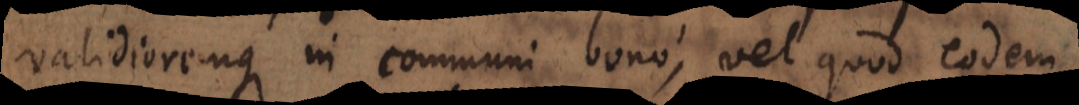
validioremque in communi bono, vel quod eodem